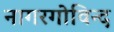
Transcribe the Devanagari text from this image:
नागरगोविन्द